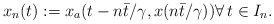
\begin{align*}x_n(t) :=x_a(t-n{\bar{t}}/{\gamma},x(n{\bar{t}}/{\gamma})) \forall \, t \in I_n.\end{align*}